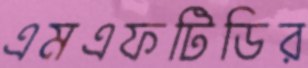
এমএফটিডির